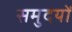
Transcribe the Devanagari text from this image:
समुदयों